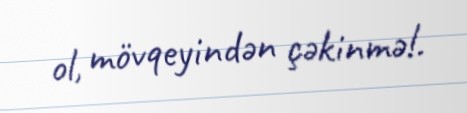
ol, mövqeyindən çəkinmə!.